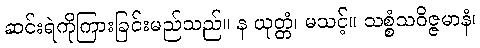
ဆင်းရဲကိုကြားခြင်းမည်သည်။ န ယုတ္တံ၊ မသင့်။ သစ္စံသဝိဇ္ဇမာနံ၊